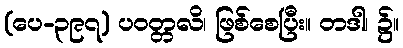
(ပေ-၃၉၇) ပဝတ္တလိ၊ ဖြစ်စေပြီး။ တဒါ၊ ၌။